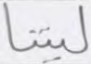
ليتنا